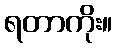
ရတာကိုး။